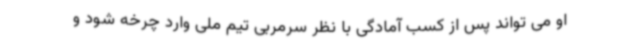
او می تواند پس از کسب آمادگی با نظر سرمربی تیم ملی وارد چرخه شود و